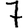
Digit: 7